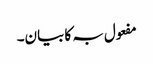
مفعول بہ کا بیان۔